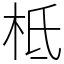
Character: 柢